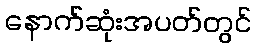
နောက်ဆုံးအပတ်တွင်